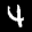
Label: 4